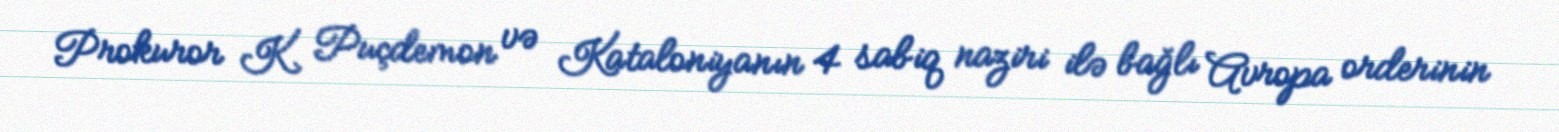
Prokuror K. Puçdemon və Kataloniyanın 4 sabiq naziri ilə bağlı Avropa orderinin